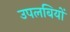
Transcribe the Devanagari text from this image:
उपलबियों